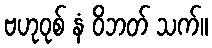
ဗဟုဝုစ် နံ ဝိဘတ် သက်။